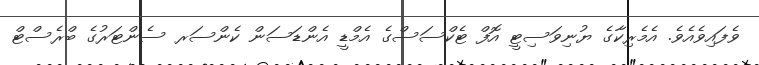
ވެފައިވެއެވެ. އެމެރިކާގެ ޔުނިވަސިޓީ އޮފް ޓެކްސަސްގެ އެމްޑީ އެންޑަސަން ކެންސަރ ސެންޓަރުގެ ބްރެސްޓް